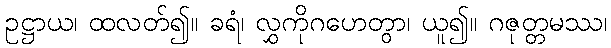
ဥဋ္ဌာယ၊ ထလတ်၍။ ခရံ၊ လွှကိုဂဟေတွာ၊ ယူ၍။ ဂဇုတ္တမဿ၊